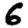
Digit: 6